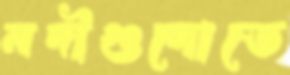
নদীগুলোতে